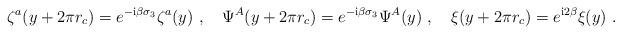
LaTeX: \begin{align*} \zeta^a(y+2\pi r_c)=e^{-{\rm i}\beta\sigma_3}\zeta^a(y)\ ,\quad\Psi^A(y+2\pi r_c)= e^{-{\rm i}\beta\sigma_3}\Psi^A(y)\ ,\quad\xi(y+2\pi r_c)=e^{{\rm i}2\beta}\xi(y)\ .\end{align*}